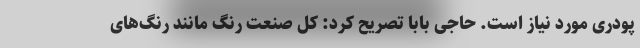
پودری مورد نیاز است. حاجی بابا تصریح کرد: کل صنعت رنگ مانند رنگ‌های